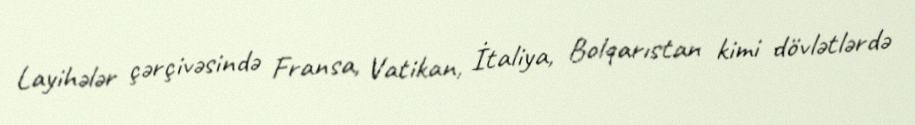
Layihələr çərçivəsində Fransa, Vatikan, İtaliya, Bolqarıstan kimi dövlətlərdə